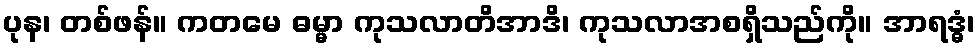
ပုန၊ တစ်ဖန်။ ကတမေ ဓမ္မာ ကုသလာတိအာဒိ၊ ကုသလာအစရှိသည်ကို။ အာရဒ္ဓံ၊